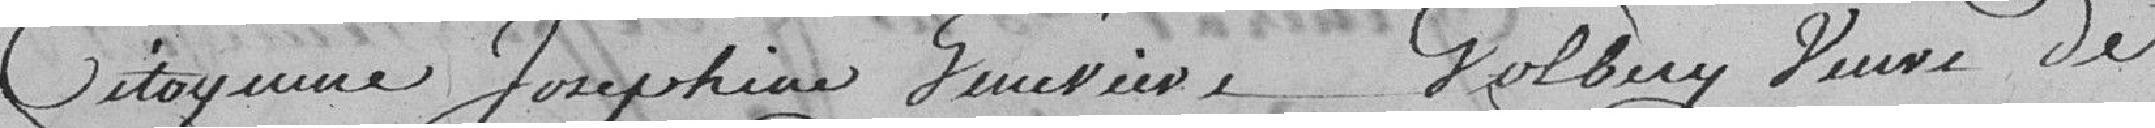
Citoyenne Joséphine Geneviève Golbery veuve de